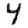
Digit: 4